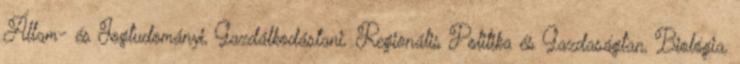
Állam- és Jogtudományi, Gazdálkodástani, Regionális Politika és Gazdaságtan, Biológia,